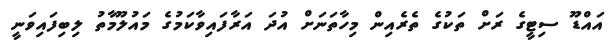
އައްޑޫ ސިޓީގެ ރަށް ތަކުގެ ތެރެއިން މިހާތަނަށް އުދަ އަރާފައިވާކަމުގެ މައުލޫމާތު ލިބިފައިވަނީ